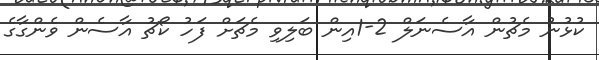
ކުޅުނު މެޗުން އާސެނަލް 2-1އިން ބަލިވި މެޗަށް ފަހު ކޯޗު އާސެން ވެންގާގެ